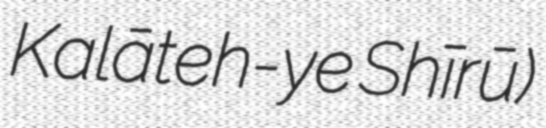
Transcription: Kalāteh-ye Shīrū)